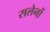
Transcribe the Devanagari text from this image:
सलेर्नो